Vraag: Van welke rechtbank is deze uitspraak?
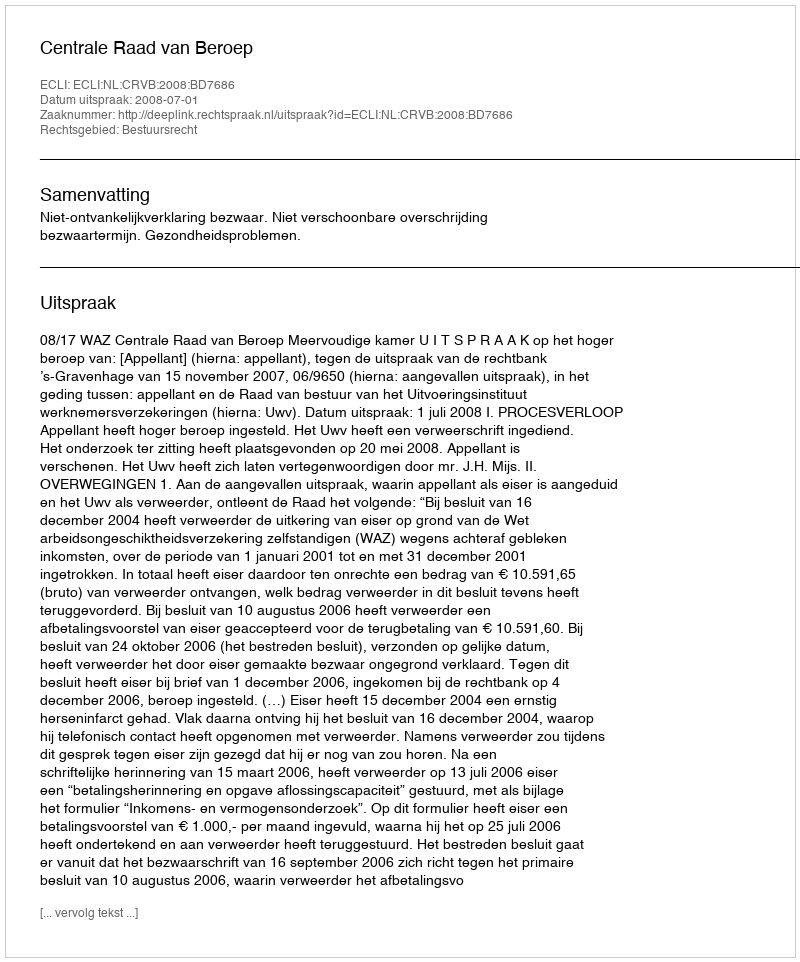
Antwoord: Centrale Raad van Beroep